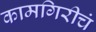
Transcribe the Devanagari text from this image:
कामगिरीचं